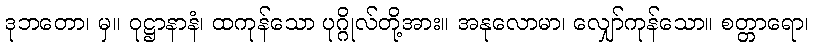
ဒုဘတော၊ မှ။ ဝုဋ္ဌာနာနံ၊ ထကုန်သော ပုဂ္ဂိုလ်တို့အား။ အနုလောမာ၊ လျှော်ကုန်သော။ စတ္တာရော၊